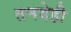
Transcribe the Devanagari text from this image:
तनदेही